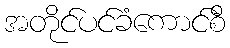
အတိုင်ပင်ခံကောင်စီ